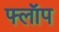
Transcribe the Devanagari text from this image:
फ्लाॅप